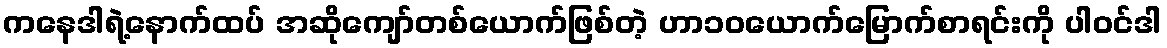
ကနေဒါရဲ့နောက်ထပ် အဆိုကျော်တစ်ယောက်ဖြစ်တဲ့ ဟာ၁၀ယောက်မြောက်စာရင်းကို ပါဝင်ဒါ